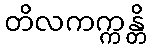
တိလကက္ကန္တိ